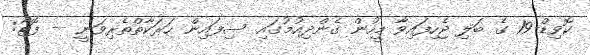
ކޮވިޑް-19 ގެ ބަލި ޖެހިފައިވާ މީހުން ގެންދިއުމުގައި ސިފައިން ހަރަކާތްތެރިވަނީ -- ފޮޓޯ: